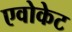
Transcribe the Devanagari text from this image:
एवोकेट